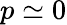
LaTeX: p\simeq 0